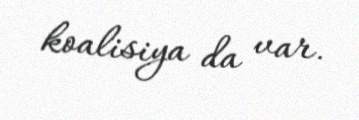
koalisiya da var.